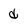
Character: d